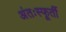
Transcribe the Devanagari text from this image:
अंतःस्फूर्ती